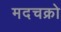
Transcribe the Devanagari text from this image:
मदचक्रो